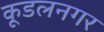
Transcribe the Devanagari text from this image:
कूडलनगर